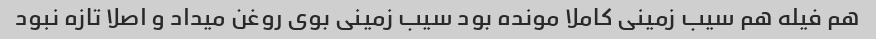
هم فیله هم سیب زمینی کاملا مونده بود سیب زمینی بوی روغن میداد و اصلا تازه نبود